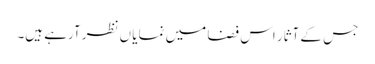
جس کے آثار اس فضا میں نمایا ں نظر آرہے ہیں۔